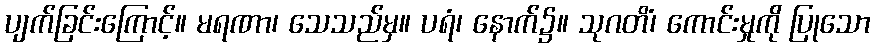
ပျက်ခြင်းကြောင့်။ မရဏာ၊ သေသည်မှ။ ပရံ၊ နောက်၌။ သုဂတိံ၊ ကောင်းမှုကို ပြုသော